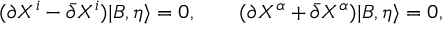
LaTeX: ( \partial X ^ { i } - \bar { \partial } X ^ { i } ) | B , \eta \rangle = 0 , \qquad ( \partial X ^ { \alpha } + \bar { \partial } X ^ { \alpha } ) | B , \eta \rangle = 0 ,